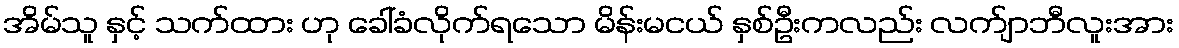
အိမ်သူ နှင့် သက်ထား ဟု ခေါ်ခံလိုက်ရသော မိန်းမငယ် နှစ်ဦးကလည်း လက်ျာဘီလူးအား